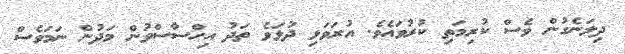
ދިލަނެގުން ވެސް ކުރިމަތި ކުރުވައެވެ. އުރަވަޅި ދުޅަވެ ތަދު އިހްސާސްވުން މަދުން ނަމަވެސް